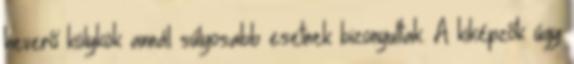
heverő kölykök annál súlyosabb esetnek bizonyultak. A kiképzők úgy